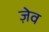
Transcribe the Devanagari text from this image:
ज़ेव